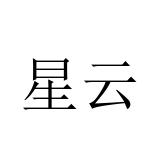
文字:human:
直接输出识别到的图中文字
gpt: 星云